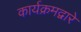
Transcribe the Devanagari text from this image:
कार्यक्रमद्वारे